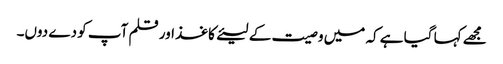
مجھے کہا گیا ہے کہ میں وصیت کے لیئےکاغذ اور قلم آپ کو دے دوں۔